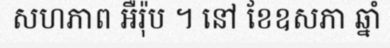
សហភាព អឺរ៉ុប ។ នៅ ខែឧសភា ឆ្នាំ